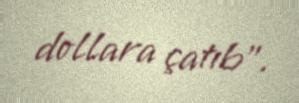
dollara çatıb".